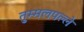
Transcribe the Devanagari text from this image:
तुम्मलपल्ले